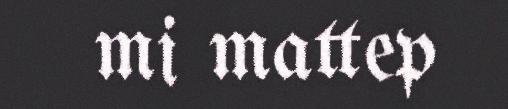
mi mattep